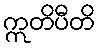
ဣတိပီတိ